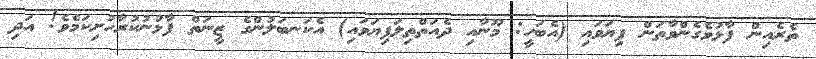
ތެރެއިން ފާޅުވެގެންވާތަން ފިޔަވައި (އެބަހީ: މޫނާއި ދެއަތްތިލަފިޔަވައި) އެކަނބަލުންގެ ޒީނަތް ފާޅުނުކުރާހުށިކަމެވެ! އަދި